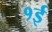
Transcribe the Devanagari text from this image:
१ई